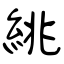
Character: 絩